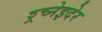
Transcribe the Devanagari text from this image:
श्र्च्नेइदेर